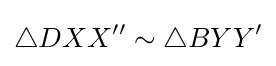
\triangle DXX''\sim \triangle BYY'